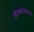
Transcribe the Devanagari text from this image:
लिप्यंतरणाची